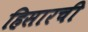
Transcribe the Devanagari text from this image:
हिसारची